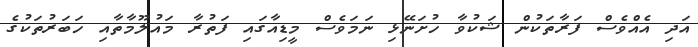
އަދި އެއްވެސް ފަރާތަކުން ޝަކުވާ ހުށަނޭޅި ނަމަވެސް މީޑިއާގައި ފަތުރާ މައުލޫމާތާއި ހަބަރުތަކުގެ